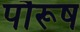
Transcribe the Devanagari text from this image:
पौरूष